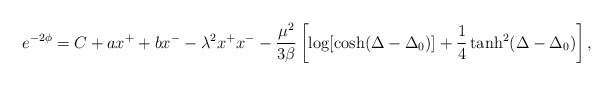
\begin{align*}e^{-2\phi} = C + a x^+ + b x^- -\lambda^2 x^+ x^- -\frac{\mu^2}{3\beta} \left[\log[{\cosh({\Delta - \Delta_0})}]+\frac{1}{4} \tanh^2({\Delta - \Delta_0}) \right],\end{align*}